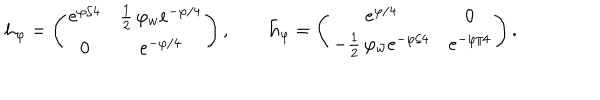
LaTeX: { \bf h _ { \varphi } } = \left( \begin{array} { c c } { { e ^ { \varphi / 4 } } } & { { { \frac { 1 } { 2 } } \, \varphi _ { w } e ^ { - \varphi / 4 } } } \\ { { 0 } } & { { e ^ { - \varphi / 4 } } } \\ \end{array} \right) , \qquad { \bf \bar { h } _ { \varphi } } = \left( \begin{array} { c c } { { e ^ { \varphi / 4 } } } & { { 0 } } \\ { { - { \frac { 1 } { 2 } } \, \varphi _ { \bar { w } } e ^ { - \varphi / 4 } } } & { { e ^ { - \varphi / 4 } } } \\ \end{array} \right) .